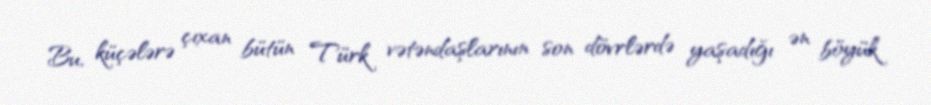
Bu, küçələrə çıxan bütün Türk vətəndaşlarının son dövrlərdə yaşadığı ən böyük